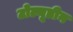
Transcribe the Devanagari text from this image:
टोल्यूडीन